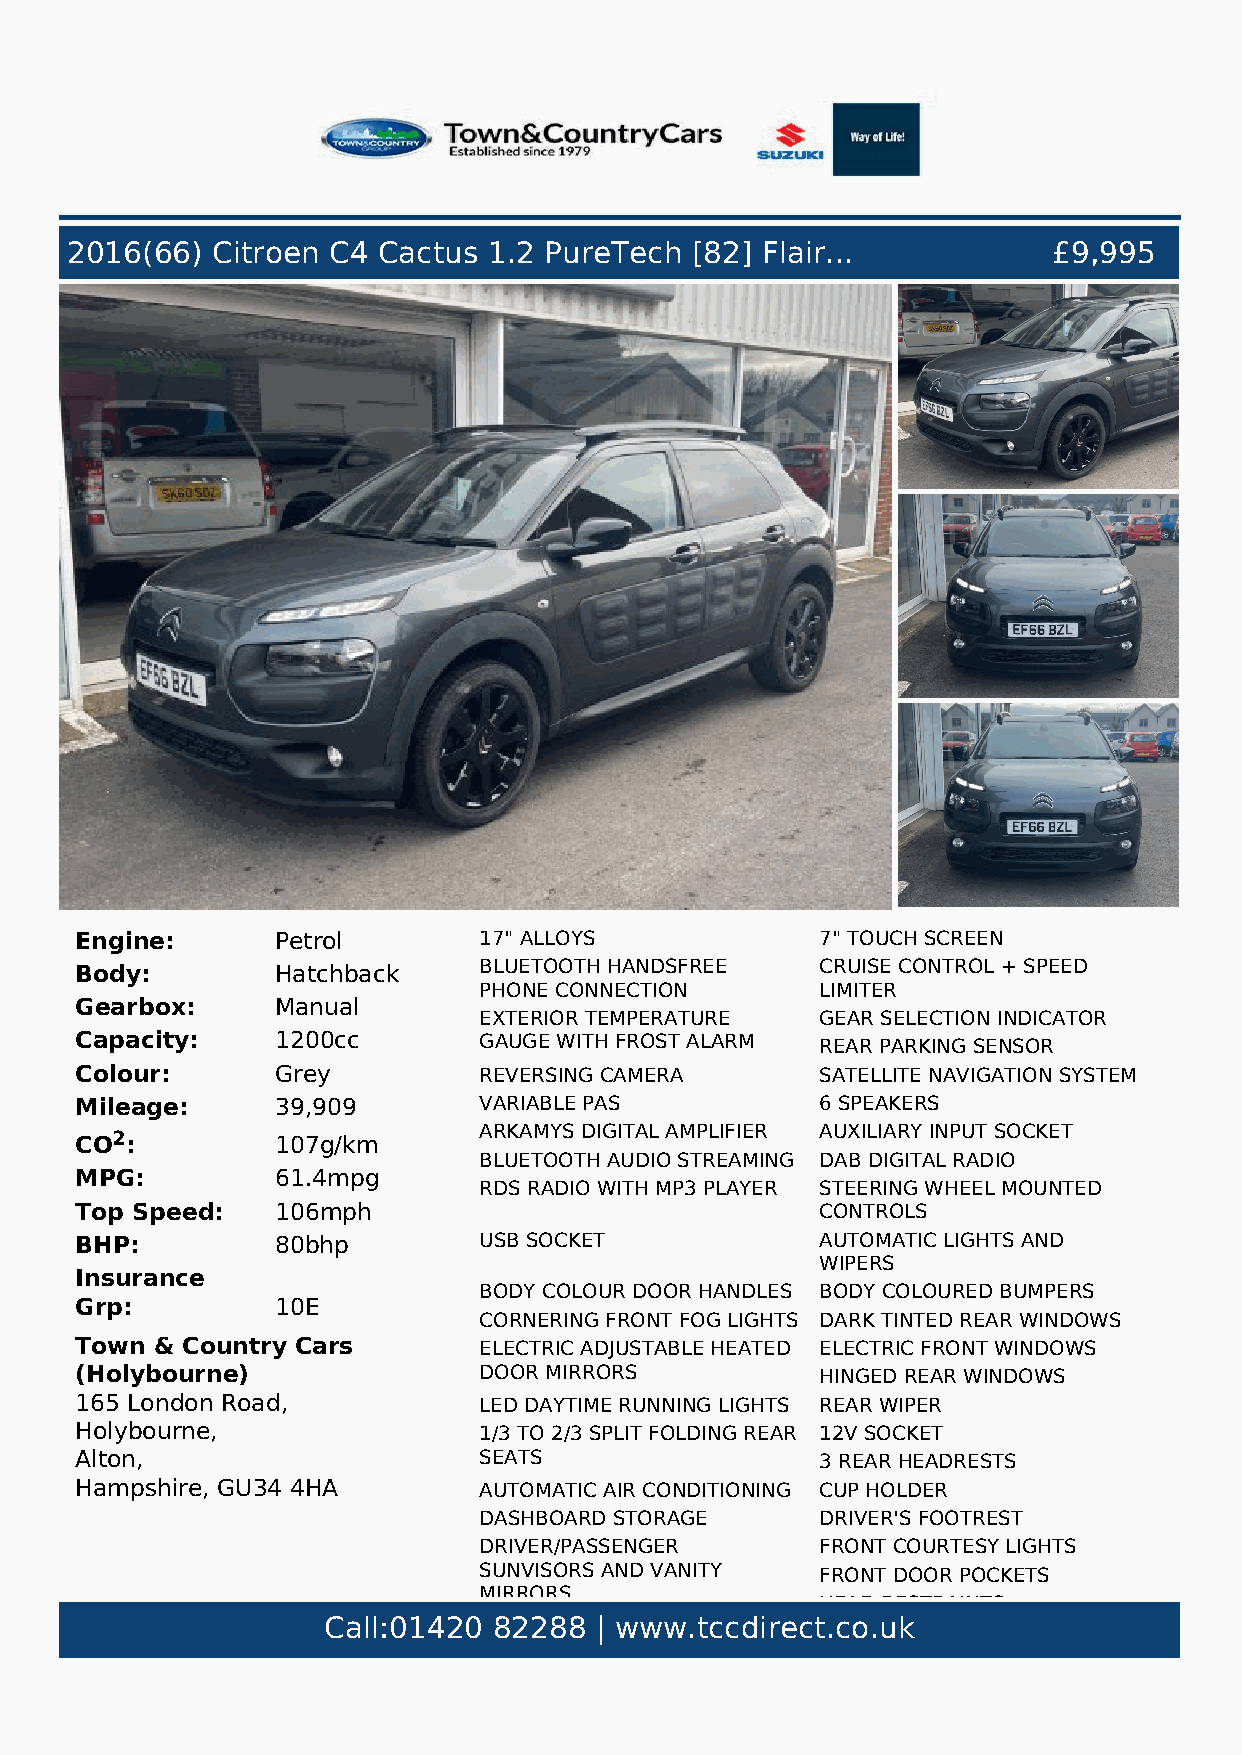
2016(66)  Citroen C4 Cactus 1.2 PureTech  [82] Flair...           £9,995
 Engine:      Petrol        17" ALLOYS            7" TOUCH SCREEN
 Body:        Hatchback     BLUETOOTH HANDSFREE   CRUISE CONTROL + SPEED
 PHONE CONNECTION      LIMITER
 Gearbox:     Manual
 EXTERIOR TEMPERATURE  GEAR SELECTION INDICATOR
 Capacity:    1200cc        GAUGE WITH FROST ALARM REAR PARKING SENSOR
 Colour:      Grey          REVERSING CAMERA      SATELLITE NAVIGATION SYSTEM
 Mileage:     39,909        VARIABLE PAS          6 SPEAKERS
 CO2:         107g/km       ARKAMYS DIGITAL AMPLIFIER AUXILIARY INPUT SOCKET
 BLUETOOTH AUDIO STREAMING DAB DIGITAL RADIO
 MPG:         61.4mpg
 RDS RADIO WITH MP3 PLAYER STEERING WHEEL MOUNTED
 Top Speed:   106mph                              CONTROLS
 BHP:         80bhp         USB SOCKET            AUTOMATIC LIGHTS AND
 WIPERS
 Insurance
 BODY COLOUR DOOR HANDLES BODY COLOURED BUMPERS
 Grp:         10E
 CORNERING FRONT FOG LIGHTS DARK TINTED REAR WINDOWS
 Town & Country Cars        ELECTRIC ADJUSTABLE HEATED ELECTRIC FRONT WINDOWS
 (Holybourne)               DOOR MIRRORS          HINGED REAR WINDOWS
 165 London Road,           LED DAYTIME RUNNING LIGHTS REAR WIPER
 Holybourne,                1/3 TO 2/3 SPLIT FOLDING REAR 12V SOCKET
 Alton,                     SEATS                 3 REAR HEADRESTS
 Hampshire, GU34 4HA        AUTOMATIC AIR CONDITIONING CUP HOLDER
 DASHBOARD STORAGE     DRIVER'S FOOTREST
 DRIVER/PASSENGER      FRONT COURTESY LIGHTS
 SUNVISORS AND VANITY  FRONT DOOR POCKETS
 MIRRORS
 HEAD RESTRAINTS
 Call:01420  82288 | www.tccdirect.co.uk
 FRONT READING LIGHTS  HEIGHT ADJUSTABLE DRIVER'S
 SEAT